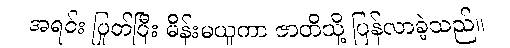
အရင်း ပြုတ်ပြီး မိန်းမယူကာ ဇာတိသို့ ပြန်လာခဲ့သည်။